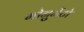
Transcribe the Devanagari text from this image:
मोनुमेंटो